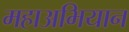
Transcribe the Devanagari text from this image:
महाअभियान